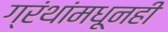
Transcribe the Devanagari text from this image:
ग्रंथांमधूनही